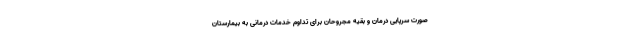
صورت سرپایی درمان و بقیه مجروحان برای تداوم خدمات درمانی به بیمارستان